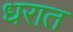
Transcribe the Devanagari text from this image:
धरात